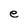
Character: e